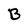
Character: B